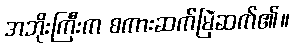
အဘိုးကြီးက စကားဆက်မြဲဆက်၏။